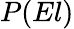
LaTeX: P(El)